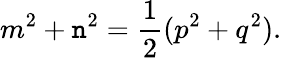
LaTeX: m^{2}+\mathtt{n}^{2}={\frac{{1}}{{2}}}(p^{2}+q^{2}).